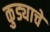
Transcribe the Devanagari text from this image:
कुड्याचे